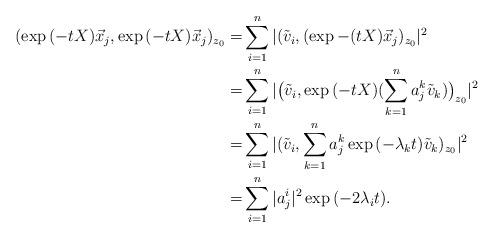
LaTeX: \begin{align*}( \exp{(-tX)} \vec{x}_j, \exp{(-tX)} \vec{x}_j)_{z_0} = & \sum_{i=1}^n |(\tilde{v}_i,(\exp{-(tX)} \vec{x}_j)_{z_0}|^2 \\=& \sum_{i=1}^n |\big(\tilde{v}_i,\exp{(-tX)} (\sum_{k=1}^n a_j^k \tilde{v}_k) \big)_{z_0}|^2\\ = & \sum_{i=1}^n |(\tilde{v}_i, \sum_{k=1}^n a_j^k \exp{(-\lambda_k t)}\tilde{v}_k)_{z_0}|^2 \\ =& \sum_{i=1}^n |a_j^i|^2 \exp{( - 2 \lambda_i t)}.\end{align*}